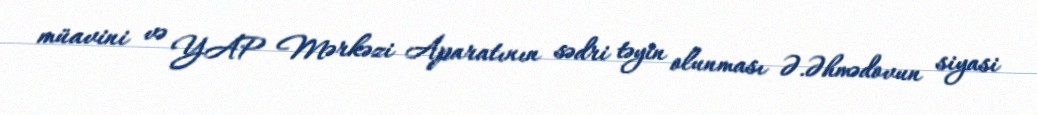
müavini və YAP Mərkəzi Aparatının sədri təyin olunması Ə.Əhmədovun siyasi